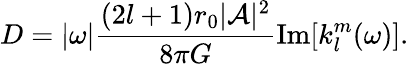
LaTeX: D=|\omega|\frac{(2l+1)r_{0}|\mathcal{A}|^{2}}{8\pi G}\operatorname{Im}[k_{l}^{m}(\omega)].